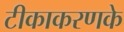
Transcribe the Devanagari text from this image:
टीकाकरणके